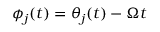
\phi _ { j } ( t ) = \theta _ { j } ( t ) - \Omega t